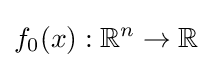
f_{0}(x):\mathbb {R} ^{n}\to \mathbb {R}